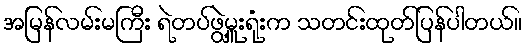
အမြန်လမ်းမကြီး ရဲတပ်ဖွဲ့မှူးရုံးက သတင်းထုတ်ပြန်ပါတယ်။